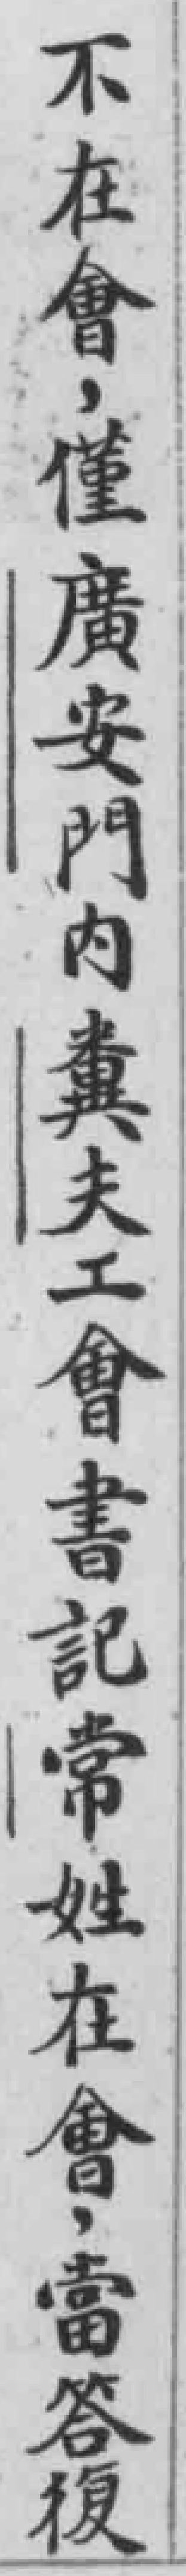
不在會，僅廣安門内糞夫工會書記常姓在會，當答復